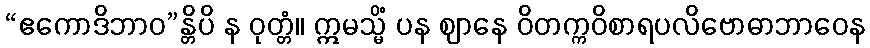
“ဧကောဒိဘာဝ”န္တိပိ န ဝုတ္တံ။ ဣမသ္မိံ ပန ဈာနေ ဝိတက္ကဝိစာရပလိဗောဓာဘာဝေန